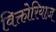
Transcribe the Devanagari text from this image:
विक्तोरियाज़